Vaccination report Assam 1874-1896 - 1874-1896
Year: 1874
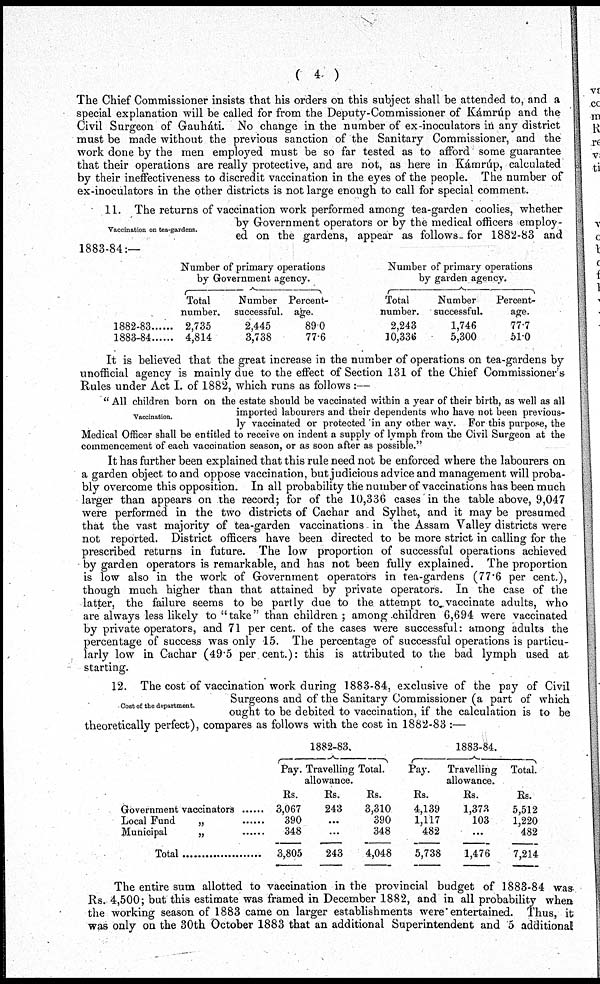
( 4 )
The Chief Commissioner insists that his orders on this subject shall be attended to, and a
special explanation will be called for from the Deputy-Commissioner of Kámrúp and the
Civil Surgeon of Gauháti. No change in the number of ex-inoculators in any district
must be made without the previous sanction of the Sanitary Commissioner, and the
work done by the men employed must be so far tested as to afford some guarantee
that their operations are really protective, and are not, as here in Kámrúp, calculated
by their ineffectiveness to discredit vaccination in the eyes of the people. The number of
ex-inoculators in the other districts is not large enough to call for special comment.
Vaccination on tea-gardens.
11. The returns of vaccination work performed among tea-garden coolies, whether
by Government operators or by the medical officers employ-
ed on the gardens, appear as follows- for 1882-83 and
1883-84:—
1882-83
1883-84
Number of primary operations
by Government agency.
Total
number.
2,735
4,814
Number
successful.
2,445
3,738
Percent-
age.
89.0
77.6
Number of primary operations
by garden agency.
Total
number.
2,243
10,336
Number
successful.
1,746
5,300
Percent-
age.
77.7
51.0
It is believed that the great increase in the number of operations on tea-gardens by
unofficial agency is mainly due to the effect of Section 131 of the Chief Commissioner's
Rules under Act I. of 1882, which runs as follows :—
Vaccination.
" All children born on the estate should be vaccinated within a year of their birth, as well as all
imported labourers and their dependents who have not been previous-
ly vaccinated or protected in any other way. For this purpose, the
Medical Officer shall be entitled to receive on indent a supply of lymph from the Civil Surgeon at the
commencement of each vaccination season, or as soon after as possible."
It has further been explained that this rule need not be enforced where the labourers on
a garden object to and oppose vaccination, but judicious advice and management will proba-
bly overcome this opposition. In all probability the number of vaccinations has been much
larger than appears on the record; for of the 10,336 cases in the table above, 9,047
were performed in the two districts of Cachar and Sylhet, and it may be presumed
that the vast majority of tea-garden vaccinations in the Assam Valley districts were
not reported. District officers have been directed to be more strict in calling for the
prescribed returns in future. The low proportion of successful operations achieved
by garden operators is remarkable, and has not been fully explained. The proportion
is low also in the work of Government operators in tea-gardens (77.6 per cent.),
though much higher than that attained by private operators. In the case of the
latter, the failure seems to be partly due to the attempt to vaccinate adults, who
are always less likely to "take" than children ; among children 6,694 were vaccinated
by private operators, and 71 per cent. of the cases were successful: among adults the
percentage of success was only 15. The percentage of successful operations is particu-
larly low in Cachar (49.5 per cent.): this is attributed to the bad lymph used at
starting.
Cost of the department.
12. The cost of vaccination work during 1883-84, exclusive of the pay of Civil
Surgeons and of the Sanitary Commissioner (a part of which
ought to be debited to vaccination, if the calculation is to be
theoretically perfect), compares as follows with the cost in 1882-83 :—
Government vaccinators ......
Local Fund „ ......
municipal „ ......
Total ..................
1882-83.
Pay.
Rs.
3,067
390
348
3,805
Travelling
allowance.
Rs.
243
...
...
243
Total.
Rs.
3,310
390
348
4,048
1883-84.
Pay.
Rs.
4,139
1,117
482
5,738
Travelling
allowance.
Rs.
1,373
103
...
1,476
Total.
Rs.
5,512
1,220
482
7,214
The entire sum allotted to vaccination in the provincial budget of 1883-84 was
Rs. 4,500; but this estimate was framed in December 1882, and in all probability when
the working season of 1883 came on larger establishments were entertained. Thus, it
was only on the 30th October 1883 that an additional Superintendent and 5 additional